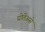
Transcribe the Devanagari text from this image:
प्रोतेअसे